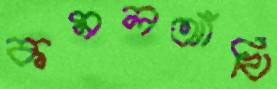
কমলআঁখি